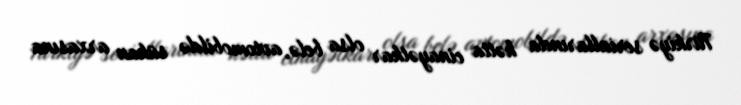
Türkiyə seriallarında hətta cinayətkar olsa belə, avtomobildə sükan arxasına